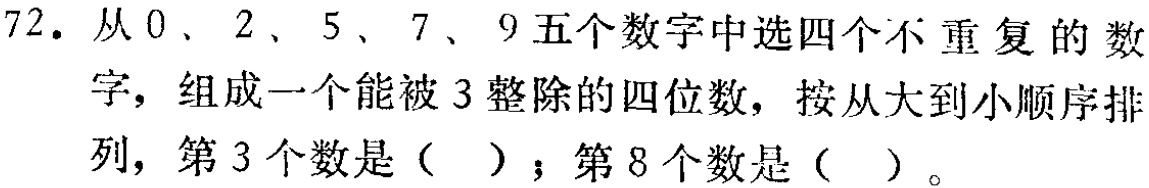
72. 从0、2、5、7、9五个数字中选四个不重复的数字，组成一个能被3整除的四位数，按从大到小顺序排列，第3个数是（  ）；第8个数是（  ）。